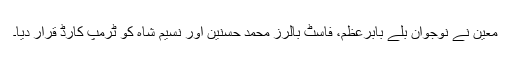
معین نے نوجوان بلے بابرعظم، فاسٹ بالرز محمد حسنین اور نسیم شاہ کو ٹرمپ کارڈ قرار دیا۔